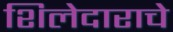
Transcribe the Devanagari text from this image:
शिलेदाराचे